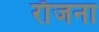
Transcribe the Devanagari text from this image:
राँजना